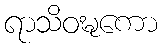
ရာသိဝဍ္ဎကော